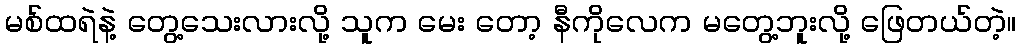
မစ်ထရဲနဲ့ တွေ့သေးလားလို့ သူက မေး တော့ နီကိုလေက မတွေ့ဘူးလို့ ဖြေတယ်တဲ့။